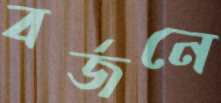
বর্জনে